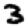
Digit: 3